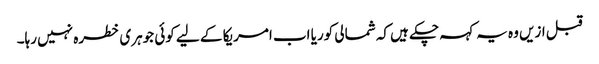
قبل ازیں وہ یہ کہہ چکے ہیں کہ شمالی کوریا اب امریکا کے لیے کوئی جوہری خطرہ نہیں رہا۔